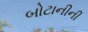
બોટાનીની